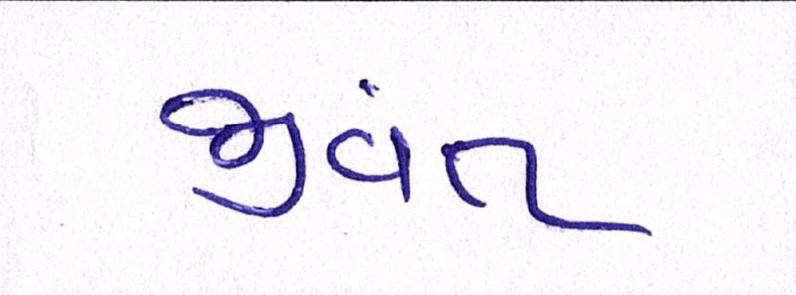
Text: જીવંત